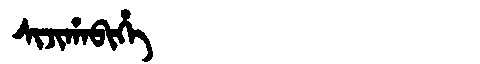
Manchu: ᠰᡳᠵᡳᡥᠠᠪᡳᡥᡝ
Romanization: SIJIHABIHE